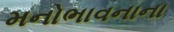
મનોભાવનાના